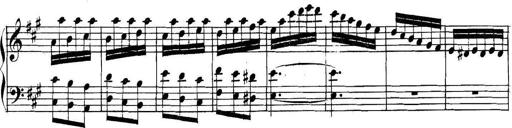
Title: Collected Piano Sonatas
Composer: Muzio Clementi